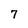
Character: 7